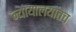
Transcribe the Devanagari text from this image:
न्यायालयातच